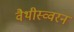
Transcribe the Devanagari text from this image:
वैथीस्व्वरन